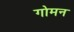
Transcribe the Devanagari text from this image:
गोमन